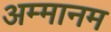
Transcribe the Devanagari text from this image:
अम्मानम